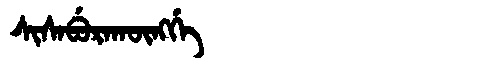
Manchu: ᠰᡳᠰᠠᠪᡠᡵᠠᡴᡡᠩᡤᡝ
Romanization: SISABURAKŪNGGE